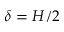
\delta = H / 2